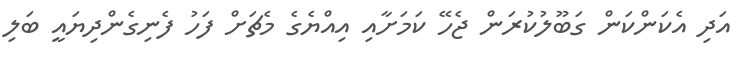
އަދި އެކަންކަން ގަބޫލުކުރަން ޖެހޭ ކަމަށާއި އިއްޔެގެ މެޗަށް ފަހު ފެނިގެންދިޔައީ ބަލި